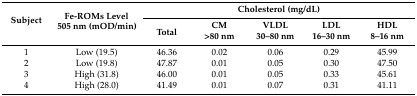
| <ROWSPAN=3> Subject | <ROWSPAN=3> Fe-ROMs Level 505 nm (mOD/min) | <COLSPAN=5> Cholesterol (mg/dL) |
 | <ROWSPAN=2> Total | CM | VLDL | LDL | HDL |
 | >80 nm | 30–80 nm | 16–30 nm | 8–16 nm |
 | --- | --- | --- | --- | --- | --- | --- |
 | 1 | Low (19.5) | 46.36 | 0.02 | 0.06 | 0.29 | 45.99 |
 | 2 | Low (19.8) | 47.87 | 0.01 | 0.05 | 0.30 | 47.50 |
 | 3 | High (31.8) | 46.00 | 0.01 | 0.05 | 0.33 | 45.61 |
 | 4 | High (28.0) | 41.49 | 0.01 | 0.07 | 0.31 | 41.11 |